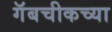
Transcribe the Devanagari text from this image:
गॅबचीकच्या